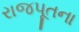
રાજપૂતના